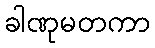
ခါဏုမတကာ